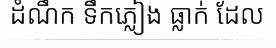
ដំណឹក ទឹកភ្លៀង ធ្លាក់ ដែល